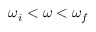
\omega _ { i } < \omega < \omega _ { f }